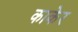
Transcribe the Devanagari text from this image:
काकेर